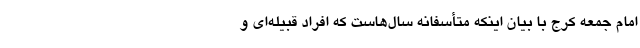
امام جمعه کرج با بیان اینکه متأسفانه سال‌هاست که افراد قبیله‌ای و